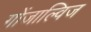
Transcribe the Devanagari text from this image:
गोंजाल्विज